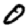
Digit: 0